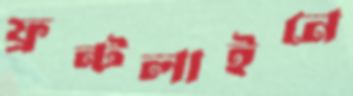
ফ্রন্টলাইনে